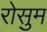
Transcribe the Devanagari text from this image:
रोसुम